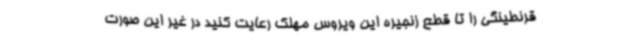
قرنطینگی را تا قطع زنجیره این ویروس مهلک رعایت کنید در غیر این صورت